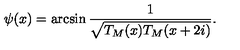
\psi ( x ) = \arcsin \frac { 1 } { \sqrt { T _ { M } ( x ) T _ { M } ( x + 2 i ) } } .